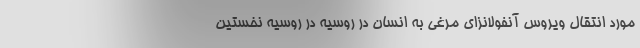
مورد انتقال ویروس آنفولانزای مرغی به انسان در روسیه در روسیه نخستین